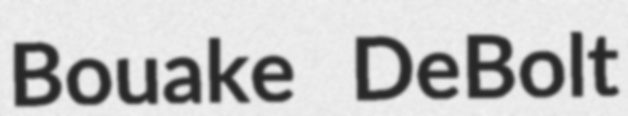
Bouake DeBolt